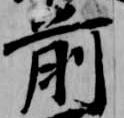
前